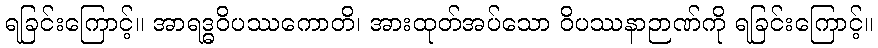
ရခြင်းကြောင့်။ အာရဒ္ဓဝိပဿကောတိ၊ အားထုတ်အပ်သော ဝိပဿနာဉာဏ်ကို ရခြင်းကြောင့်။